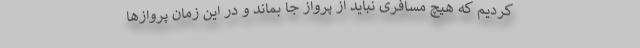
کردیم که هیچ مسافری نباید از پرواز جا بماند و در این زمان پروازها